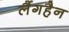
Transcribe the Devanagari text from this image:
लैंगहैन